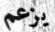
يزعم